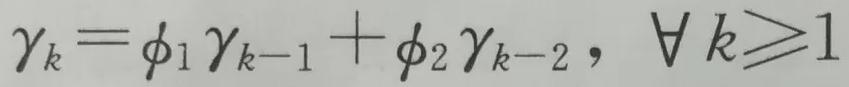
$\gamma_{k}=\phi_{1} \gamma_{k-1}+\phi_{2} \gamma_{k-2}, \quad \forall k \geqslant 1$